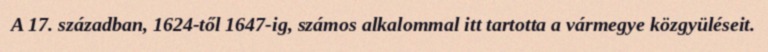
A 17. században, 1624-től 1647-ig, számos alkalommal itt tartotta a vármegye közgyüléseit.